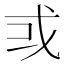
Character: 𢦘